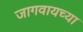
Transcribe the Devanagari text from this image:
जागवायच्या